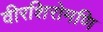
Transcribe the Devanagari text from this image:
वीरशिरोमणि